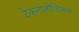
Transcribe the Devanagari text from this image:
टेकनोलौजिकल